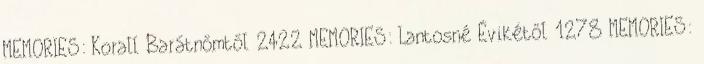
MEMORIES: Korall Barátnőmtől 2422 MEMORIES: Lantosné Évikétől 1278 MEMORIES: